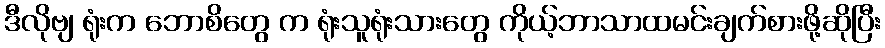
ဒီလိုဗျ ရုံးက ဘောစိတွေ က ရုံးသူရုံးသားတွေ ကိုယ့်ဘာသာထမင်းချက်စားဖို့ဆိုပြီး